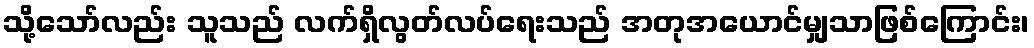
သို့သော်လည်း သူသည် လက်ရှိလွတ်လပ်ရေးသည် အတုအယောင်မျှသာဖြစ်ကြောင်း၊